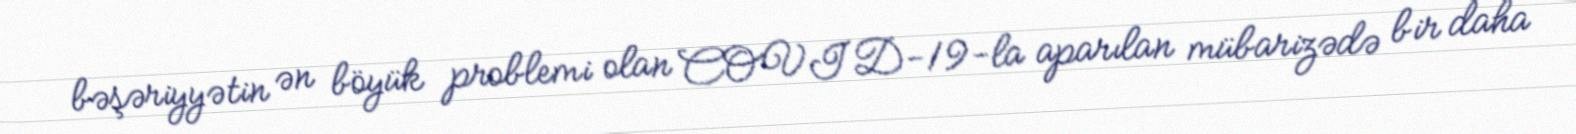
bəşəriyyətin ən böyük problemi olan COVID-19-la aparılan mübarizədə bir daha